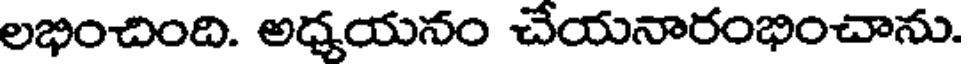
లభించింది. అధ్యయనం చేయనారంభించాను.